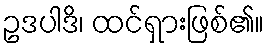
ဥဒပါဒိ၊ ထင်ရှားဖြစ်၏။